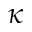
\kappa